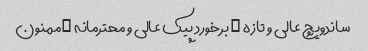
ساندویچ عالی و تازه … برخورد پیک عالی و محترمانه …ممنون